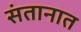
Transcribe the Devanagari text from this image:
संतानात